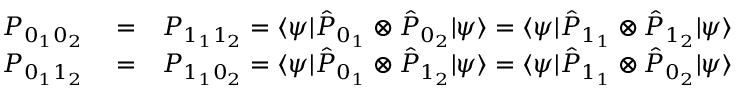
\begin{array} { r l r } { P _ { 0 _ { 1 } 0 _ { 2 } } } & { { } = } & { P _ { 1 _ { 1 } 1 _ { 2 } } = \langle \psi | \hat { P } _ { 0 _ { 1 } } \otimes \hat { P } _ { 0 _ { 2 } } | \psi \rangle = \langle \psi | \hat { P } _ { 1 _ { 1 } } \otimes \hat { P } _ { 1 _ { 2 } } | \psi \rangle } \\ { P _ { 0 _ { 1 } 1 _ { 2 } } } & { { } = } & { P _ { 1 _ { 1 } 0 _ { 2 } } = \langle \psi | \hat { P } _ { 0 _ { 1 } } \otimes \hat { P } _ { 1 _ { 2 } } | \psi \rangle = \langle \psi | \hat { P } _ { 1 _ { 1 } } \otimes \hat { P } _ { 0 _ { 2 } } | \psi \rangle } \end{array}